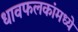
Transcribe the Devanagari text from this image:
धावफलकांमध्ये